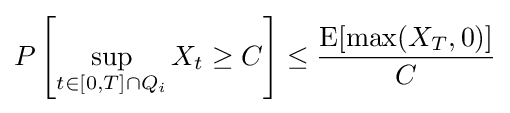
P\left[\sup _{t\in [0,T]\cap Q_{i}}X_{t}\geq C\right]\leq {\frac {\operatorname {E} [{\textrm {max}}(X_{T},0)]}{C}}